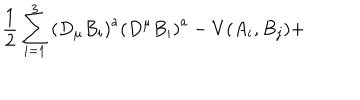
\frac { 1 } { 2 } \sum _ { i = 1 } ^ { 3 } \left( D _ { \mu } B _ { i } \right) ^ { a } \left( D ^ { \mu } B _ { i } \right) ^ { a } - V ( A _ { i } , B _ { j } ) +